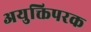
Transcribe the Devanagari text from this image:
अयुक्तिपरक